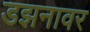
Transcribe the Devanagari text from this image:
डझनावर